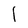
Character: 1